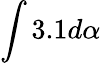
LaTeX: \int 3.1d\alpha